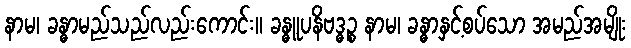
နာမ၊ ခန္ဓာမည်သည်လည်းကောင်း။ ခန္ဓူပနိဗဒ္ဓဉ္စ နာမ၊ ခန္ဓာနှင့်စပ်သော အမည်အမျိုး